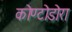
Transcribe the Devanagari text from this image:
कोण्टोडोरा